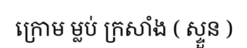
ក្រោម ម្លប់ ក្រសាំង ( ស្ទួន )